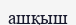
ашқыш